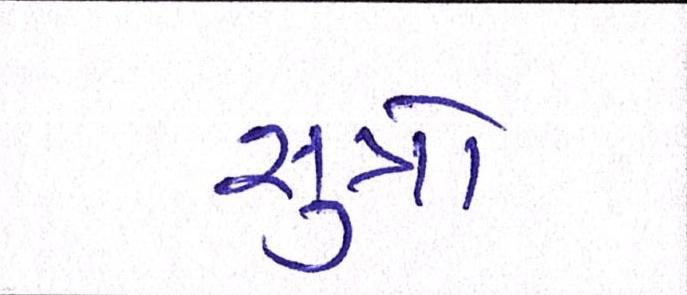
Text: સુત્રો